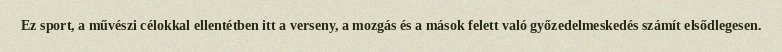
Ez sport, a művészi célokkal ellentétben itt a verseny, a mozgás és a mások felett való győzedelmeskedés számít elsődlegesen.